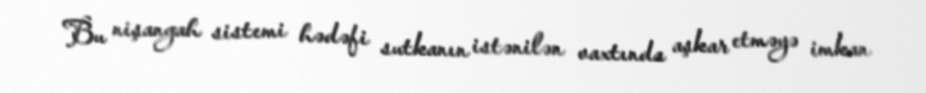
Bu nişangah sistemi hədəfi sutkanın istənilən vaxtında aşkar etməyə imkan